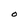
Character: O